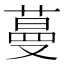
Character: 蔓